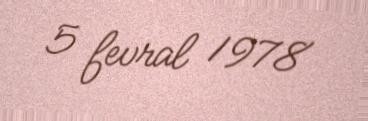
5 fevral 1978